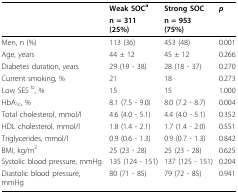
<table><thead><tr><td></td><td><b>Weak SOC<sup>a</sup></b></td><td><b>Strong SOC</b></td><td><b><i>p</i></b></td></tr><tr><td></td><td><b>n = 311 (25%)</b></td><td><b>n = 953 (75%)</b></td><td></td></tr></thead><tbody><tr><td>Men, n (%)</td><td>113 (36)</td><td>453 (48)</td><td>0.001</td></tr><tr><td>Age, years</td><td>44 ± 12</td><td>45 ± 12</td><td>0.266</td></tr><tr><td>Diabetes duration, years</td><td>29 (19 - 38)</td><td>28 (18 - 37)</td><td>0.270</td></tr><tr><td>Current smoking, %</td><td>21</td><td>18</td><td>0.273</td></tr><tr><td>Low SES <sup>b</sup>, %</td><td>15</td><td>15</td><td>1.000</td></tr><tr><td>HbA<sub>1c</sub>, %</td><td>8.1 (7.5 - 9.0)</td><td>8.0 (7.2 - 8.7)</td><td>0.004</td></tr><tr><td>Total cholesterol, mmol/l</td><td>4.6 (4.0 - 5.1)</td><td>4.4 (4.0 - 5.1)</td><td>0.352</td></tr><tr><td>HDL cholesterol, mmol/l</td><td>1.8 (1.4 - 2.1)</td><td>1.7 (1.4 - 2.0)</td><td>0.551</td></tr><tr><td>Triglycerides, mmol/l</td><td>0.9 (0.6 - 1.3)</td><td>0.9 (0.7 - 1.3)</td><td>0.842</td></tr><tr><td>BMI, kg/m<sup>2</sup></td><td>25 (23 - 28)</td><td>25 (23 - 28)</td><td>0.625</td></tr><tr><td>Systolic blood pressure, mmHg</td><td>135 (124 - 151)</td><td>137 (125 - 151)</td><td>0.204</td></tr><tr><td>Diastolic blood pressure, mmHg</td><td>80 (71 - 85)</td><td>79 (72 - 85)</td><td>0.941</td></tr></tbody></table>